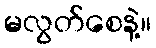
မလွတ်စေနဲ့။